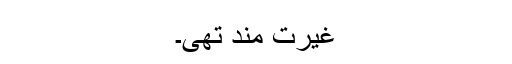
غیرت مند تھی۔